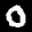
Label: 0